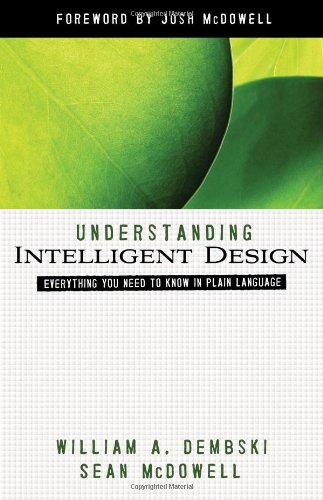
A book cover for Understanding Intelligent Design: Everything You Need to Know in Plain Language (ConversantLife.com); William A. Dembski; Christian Books & Bibles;